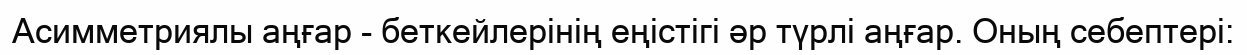
Асимметриялы аңғар - беткейлерінің еңістігі әр түрлі аңғар. Оның себептері: